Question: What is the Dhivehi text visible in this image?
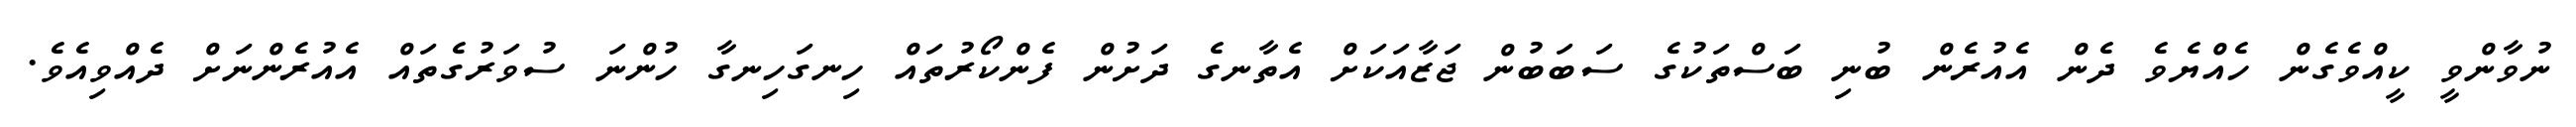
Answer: ނުވާންވީ ކީއްވެގެން ހެއްޔެވެ ދެން އެއުރެން ބުނި ބަސްތަކުގެ ސަބަބުން ޖަޒާއަކަށް އެތާނގެ ދަށުން ފެންކޯރުތައް ހިނގަހިނގާ ހުންނަ ސުވަރުގެތައް އެއުރެންނަށް ދެއްވިއެވެ.